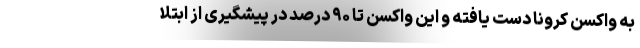
به واکسن کرونا دست یافته و این واکسن تا ۹۰ درصد در پیشگیری از ابتلا